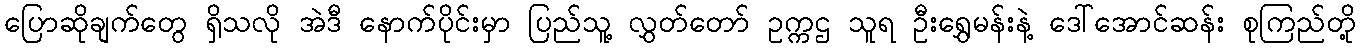
ပြောဆိုချက်တွေ ရှိသလို အဲဒီ နောက်ပိုင်းမှာ ပြည်သူ့ လွှတ်တော် ဥက္ကဌ သူရ ဦးရွှေမန်းနဲ့ ဒေါ်အောင်ဆန်း စုကြည်တို့